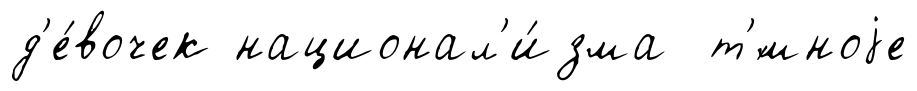
д'е́вочек национал'и́зма т'́мноjе